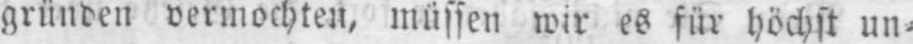
gründen vermochten, müssen wir es für höchst un⸗